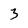
Character: 3